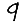
Digit: 9